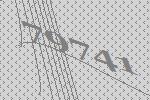
79741